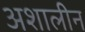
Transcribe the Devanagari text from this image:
अशालीन